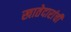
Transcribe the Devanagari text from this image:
खातेदारांची